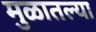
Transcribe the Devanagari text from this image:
मुळातल्या